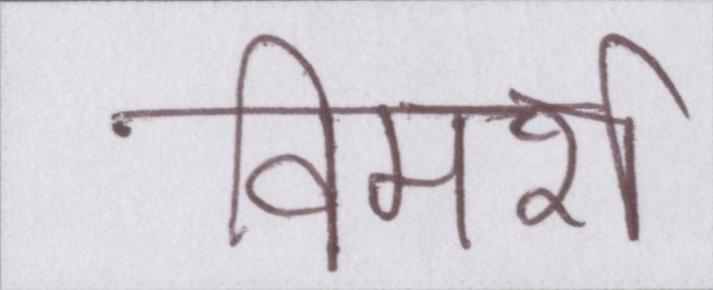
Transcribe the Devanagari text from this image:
विमर्श